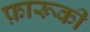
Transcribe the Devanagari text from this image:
फ़ारूकी